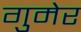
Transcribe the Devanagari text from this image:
गुमेर